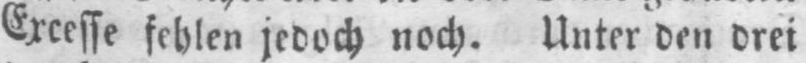
Excesse fehlen jedoch noch. Unter den drei